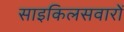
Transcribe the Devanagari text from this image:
साइकिलसवारों